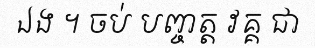
ឯង ។ ចប់ បញ្ចត្ត វគ្គ ជា